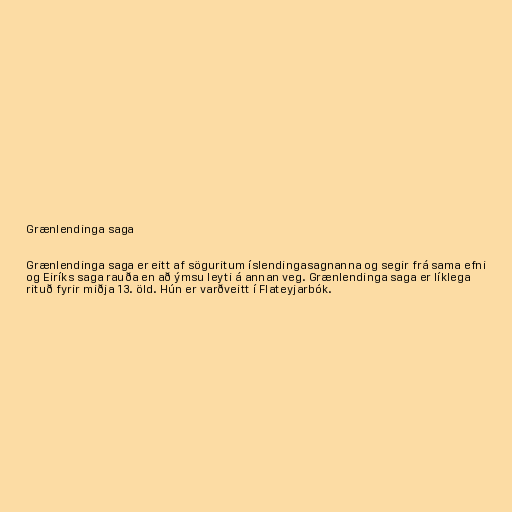
Grænlendinga saga

Grænlendinga saga er eitt af söguritum íslendingasagnanna og segir frá sama efni
og Eiríks saga rauða en að ýmsu leyti á annan veg. Grænlendinga saga er líklega
rituð fyrir miðja 13. öld. Hún er varðveitt í Flateyjarbók.